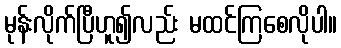
မုန်းလိုက်ပြီဟူ၍လည်း မထင်ကြစေလိုပါ။